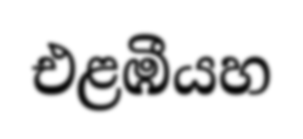
එළඹීයහ